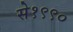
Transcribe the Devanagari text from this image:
से१९९०